Annual report on the working of the Harcourt Butler Institute of Public Health, Rangoon
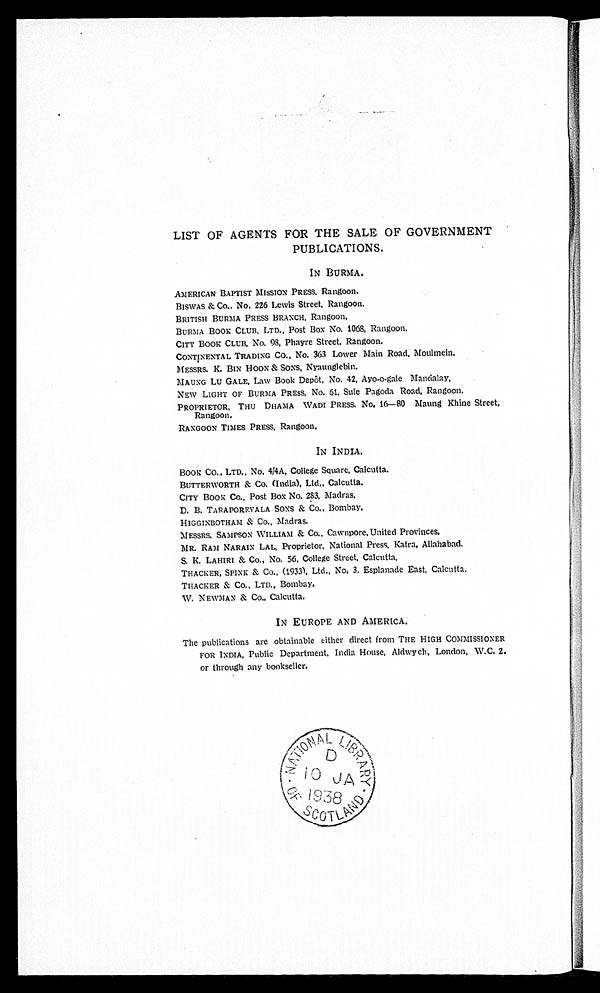
LIST OF AGENTS FOR THE SALE OF GOVERNMENT
PUBLICATIONS.
IN BURMA.
AMERICAN BAPTIST MISSION PRESS. Rangoon.
BI SWAS & Co. No. 226 Lewi s St r eet , Rangoon.
BRI TI SH BURMA PRESS BRANCH, Rangoon.
BURMA BOOK CLUB, LTD., Post Box No. 1068, Rangoon,
CITY BOOK CLUB, No. 98, Phayre Street, Rangoon.
CONTINENTAL TRADING CO., No. 363 Lower Main Road, Moulmein.
MESSRS. K. BIN HOON & SONS, Nyaunglebin.
MAUNG LU GALE, Law Book Dep6t, No. 42, Ayo-o-gale Mandalay.
NEW LIGHT OF BURMA PRESS, No. 61, Sule Pagoda Road, Rangoon.
PROPRIETOR, THU DRAMA WADI PRESS. No. 16-80 Maung Khine Street,
Rangoon.
RANGOON TIMES PRESS, Rangoon.
IN INDIA,
BOOK Co., LTD., No. 4/4A, College Square, Calcutta.
BUTTERWORTH & Co. (India), Ltd.. Calcutta.
CITY BOOK Co., Post Box No. 283, Madras,
D. B. TARAPOREVALA SONS & Co., Bombay.
HIGGINBOTHAM & Co., Madras.
MESSRS. SAMPSON WILLIAM & Co., Cawnpore, United Provinces.
MR. RAM NARAIN LAL, Proprietor, National Press, Katra, Allahabad.
S. K. LAHIRI & Co., No. 56, College Street, Calcutta,
THACKER, SPINK & Co., (1933\ Ltd., No, 3. Esplanade East, Calcutta,
THACKER & Co., LTD., Bombay,
W. NEWMAN & Co., Calcutta.
IN EUROPE AND AMERICA.
The publications are obtainable either direct from THE HIGH COMMISSIONER
FOR INDIA, Public Department, India House, Aldwych, London, W.C. 2.
or through any bookseller,